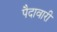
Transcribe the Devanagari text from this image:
पैदावारी